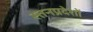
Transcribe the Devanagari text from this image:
स्तनप्रदेशों